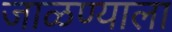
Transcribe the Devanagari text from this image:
जाळण्याला